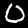
Digit: 0